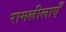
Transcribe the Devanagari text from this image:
रामलीलाएँ